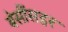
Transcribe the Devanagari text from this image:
बेसींसहर